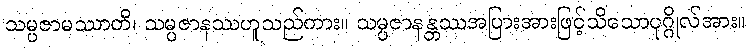
သမ္ပဇာမဿာတိ၊ သမ္ပဇာနဿဟူသည်ကား။ သမ္ပဇာနန္တဿအပြားအားဖြင့်သိသောပုဂ္ဂိုလ်အား။